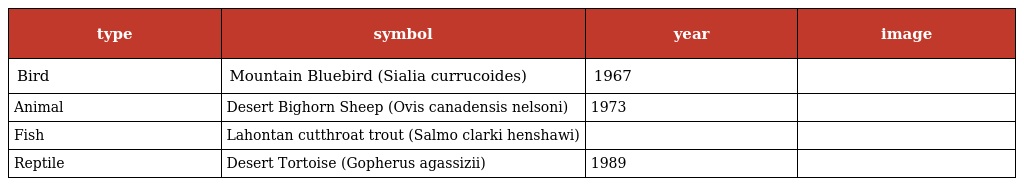
| type | symbol | year | image |
 | --- | --- | --- | --- |
 | Bird | Mountain Bluebird (Sialia currucoides) | 1967 |  |
 | Animal | Desert Bighorn Sheep (Ovis canadensis nelsoni) | 1973 |  |
 | Fish | Lahontan cutthroat trout (Salmo clarki henshawi) |  |  |
 | Reptile | Desert Tortoise (Gopherus agassizii) | 1989 |  |